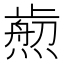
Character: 𤎴